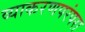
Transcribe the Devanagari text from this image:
व्याकरणपरंपरा